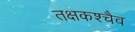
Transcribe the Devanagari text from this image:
तक्षकश्चैव